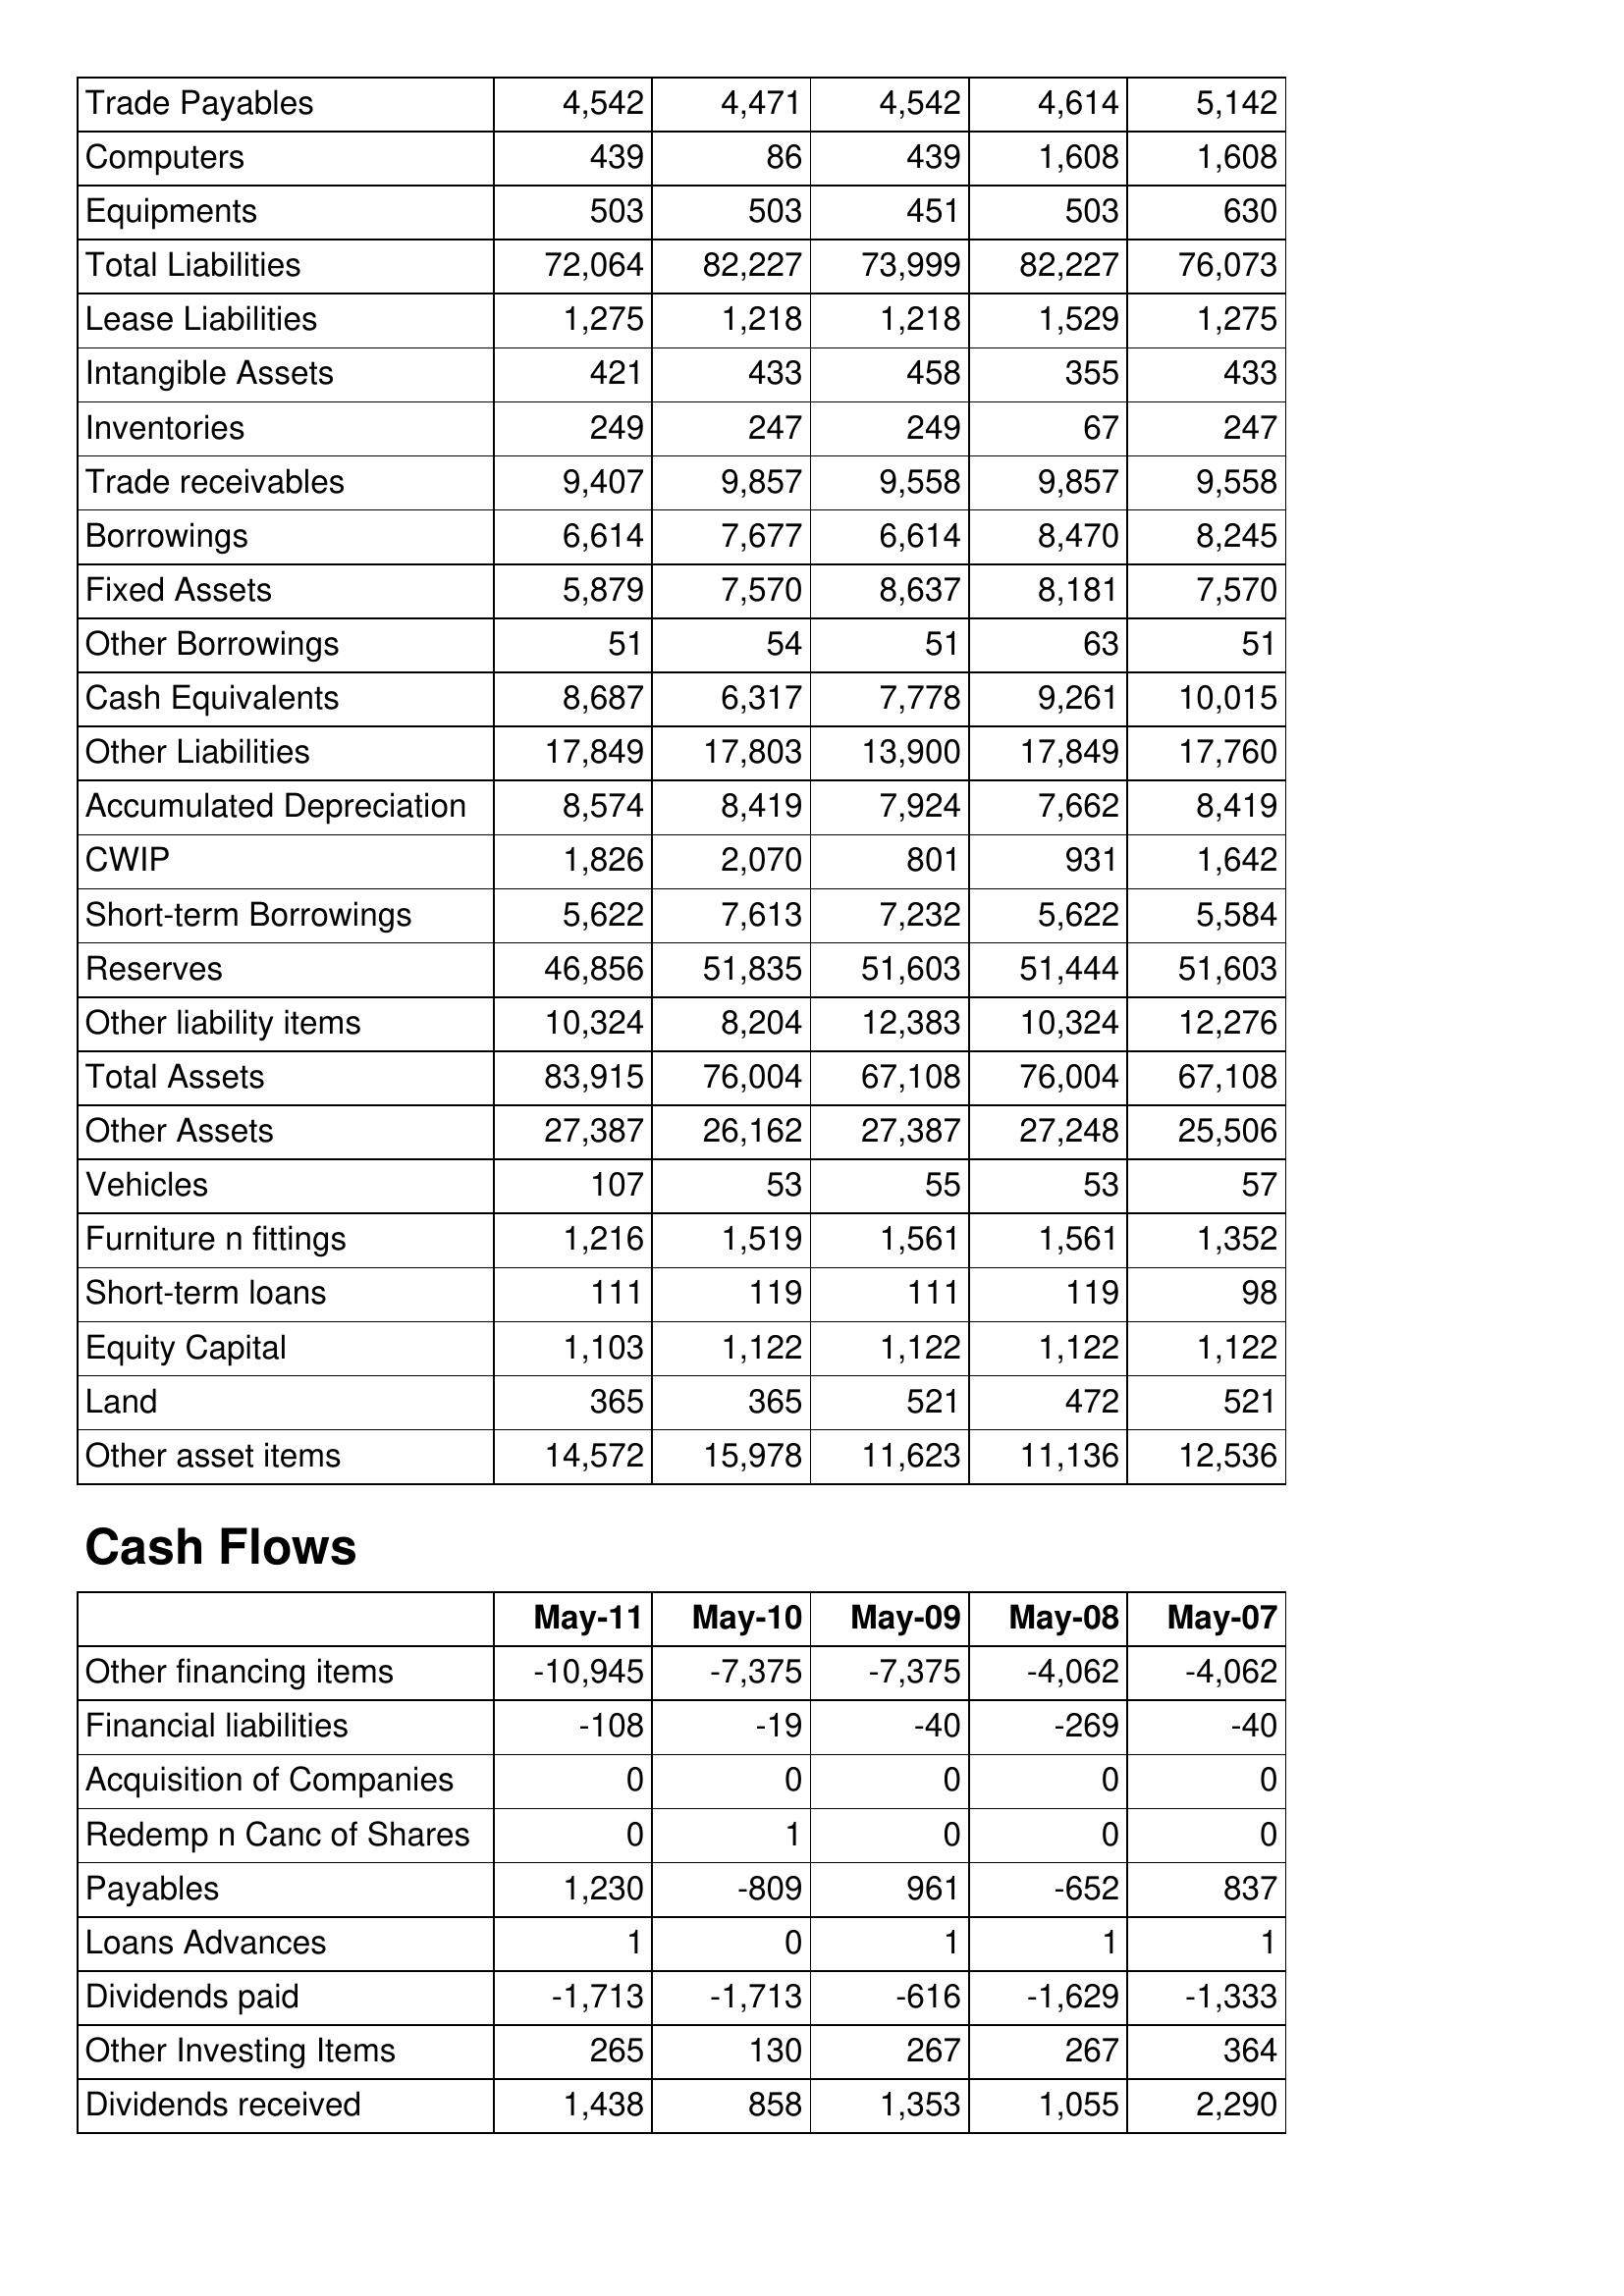
May-11: Balance Sheet: Trade Payables: 4,542
Computers: 439
Equipments: 503
Total Liabilities: 72,064
Lease Liabilities: 1,275
Intangible Assets: 421
Inventories: 249
Trade receivables: 9,407
Borrowings: 6,614
Fixed Assets: 5,879
Other Borrowings: 51
Cash Equivalents: 8,687
Other Liabilities: 17,849
Accumulated Depreciation: 8,574
CWIP: 1,826
Short-term Borrowings: 5,622
Reserves: 46,856
Other liability items: 10,324
Total Assets: 83,915
Other Assets: 27,387
Vehicles: 107
Furniture n fittings: 1,216
Short-term loans: 111
Equity Capital: 1,103
Land: 365
Other asset items: 14,572
Cash Flows: Other financing items: -10,945
Financial liabilities: -108
Acquisition of Companies: 0
Redemp n Canc of Shares: 0
Payables: 1,230
Loans Advances: 1
Dividends paid: -1,713
Other Investing Items: 265
Dividends received: 1,438
May-10: Balance Sheet: Trade Payables: 4,471
Computers: 86
Equipments: 503
Total Liabilities: 82,227
Lease Liabilities: 1,218
Intangible Assets: 433
Inventories: 247
Trade receivables: 9,857
Borrowings: 7,677
Fixed Assets: 7,570
Other Borrowings: 54
Cash Equivalents: 6,317
Other Liabilities: 17,803
Accumulated Depreciation: 8,419
CWIP: 2,070
Short-term Borrowings: 7,613
Reserves: 51,835
Other liability items: 8,204
Total Assets: 76,004
Other Assets: 26,162
Vehicles: 53
Furniture n fittings: 1,519
Short-term loans: 119
Equity Capital: 1,122
Land: 365
Other asset items: 15,978
Cash Flows: Other financing items: -7,375
Financial liabilities: -19
Acquisition of Companies: 0
Redemp n Canc of Shares: 1
Payables: -809
Loans Advances: 0
Dividends paid: -1,713
Other Investing Items: 130
Dividends received: 858
May-09: Balance Sheet: Trade Payables: 4,542
Computers: 439
Equipments: 451
Total Liabilities: 73,999
Lease Liabilities: 1,218
Intangible Assets: 458
Inventories: 249
Trade receivables: 9,558
Borrowings: 6,614
Fixed Assets: 8,637
Other Borrowings: 51
Cash Equivalents: 7,778
Other Liabilities: 13,900
Accumulated Depreciation: 7,924
CWIP: 801
Short-term Borrowings: 7,232
Reserves: 51,603
Other liability items: 12,383
Total Assets: 67,108
Other Assets: 27,387
Vehicles: 55
Furniture n fittings: 1,561
Short-term loans: 111
Equity Capital: 1,122
Land: 521
Other asset items: 11,623
Cash Flows: Other financing items: -7,375
Financial liabilities: -40
Acquisition of Companies: 0
Redemp n Canc of Shares: 0
Payables: 961
Loans Advances: 1
Dividends paid: -616
Other Investing Items: 267
Dividends received: 1,353
May-08: Balance Sheet: Trade Payables: 4,614
Computers: 1,608
Equipments: 503
Total Liabilities: 82,227
Lease Liabilities: 1,529
Intangible Assets: 355
Inventories: 67
Trade receivables: 9,857
Borrowings: 8,470
Fixed Assets: 8,181
Other Borrowings: 63
Cash Equivalents: 9,261
Other Liabilities: 17,849
Accumulated Depreciation: 7,662
CWIP: 931
Short-term Borrowings: 5,622
Reserves: 51,444
Other liability items: 10,324
Total Assets: 76,004
Other Assets: 27,248
Vehicles: 53
Furniture n fittings: 1,561
Short-term loans: 119
Equity Capital: 1,122
Land: 472
Other asset items: 11,136
Cash Flows: Other financing items: -4,062
Financial liabilities: -269
Acquisition of Companies: 0
Redemp n Canc of Shares: 0
Payables: -652
Loans Advances: 1
Dividends paid: -1,629
Other Investing Items: 267
Dividends received: 1,055
May-07: Balance Sheet: Trade Payables: 5,142
Computers: 1,608
Equipments: 630
Total Liabilities: 76,073
Lease Liabilities: 1,275
Intangible Assets: 433
Inventories: 247
Trade receivables: 9,558
Borrowings: 8,245
Fixed Assets: 7,570
Other Borrowings: 51
Cash Equivalents: 10,015
Other Liabilities: 17,760
Accumulated Depreciation: 8,419
CWIP: 1,642
Short-term Borrowings: 5,584
Reserves: 51,603
Other liability items: 12,276
Total Assets: 67,108
Other Assets: 25,506
Vehicles: 57
Furniture n fittings: 1,352
Short-term loans: 98
Equity Capital: 1,122
Land: 521
Other asset items: 12,536
Cash Flows: Other financing items: -4,062
Financial liabilities: -40
Acquisition of Companies: 0
Redemp n Canc of Shares: 0
Payables: 837
Loans Advances: 1
Dividends paid: -1,333
Other Investing Items: 364
Dividends received: 2,290